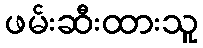
ဖမ်းဆီးထားသူ